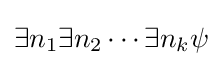
\exists n_{1}\exists n_{2}\cdots \exists n_{k}\psi